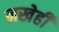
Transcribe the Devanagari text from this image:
नखेही